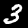
Digit: 3